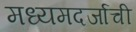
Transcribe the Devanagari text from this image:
मध्यमदर्जाची